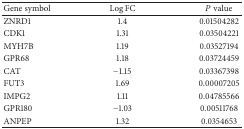
<table><thead><tr><td><b>Gene symbol</b></td><td><b>Log⁡FC</b></td><td><b><i>P</i> value</b></td></tr></thead><tbody><tr><td>ZNRD1</td><td>1.4</td><td>0.01504282</td></tr><tr><td>CDK1</td><td>1.31</td><td>0.03504221</td></tr><tr><td>MYH7B</td><td>1.19</td><td>0.03527194</td></tr><tr><td>GPR68</td><td>1.18</td><td>0.03724459</td></tr><tr><td>CAT</td><td>−1.15</td><td>0.03367398</td></tr><tr><td>FUT3</td><td>1.69</td><td>0.00007205</td></tr><tr><td>IMPG2</td><td>1.11</td><td>0.04785566</td></tr><tr><td>GPR180</td><td>−1.03</td><td>0.00511768</td></tr><tr><td>ANPEP</td><td>1.32</td><td>0.0354653</td></tr></tbody></table>